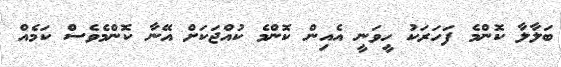
ބަލާލާ ކޮންމެ ފަހަރަކު ހީވަނީ އެއިން ކޮންމެ ކުއްޖަކަށް އޭނާ ކޮންމެވެސް ކަމެއް